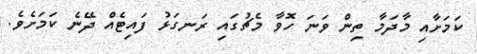
ކަމަށާއި މާދަމާ ތިން ވަނަ ހޮވާ މެޗުގައި ރަނގަޅު ފައިޓެއް ދޭނެ ކަމަށެވެ.